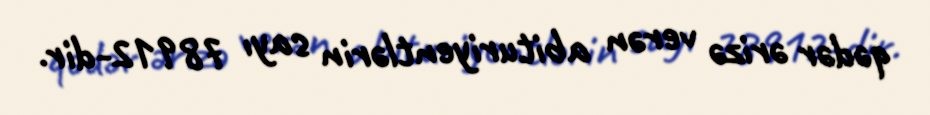
qədər ərizə verən abituriyentlərin sayı 78912-dir.